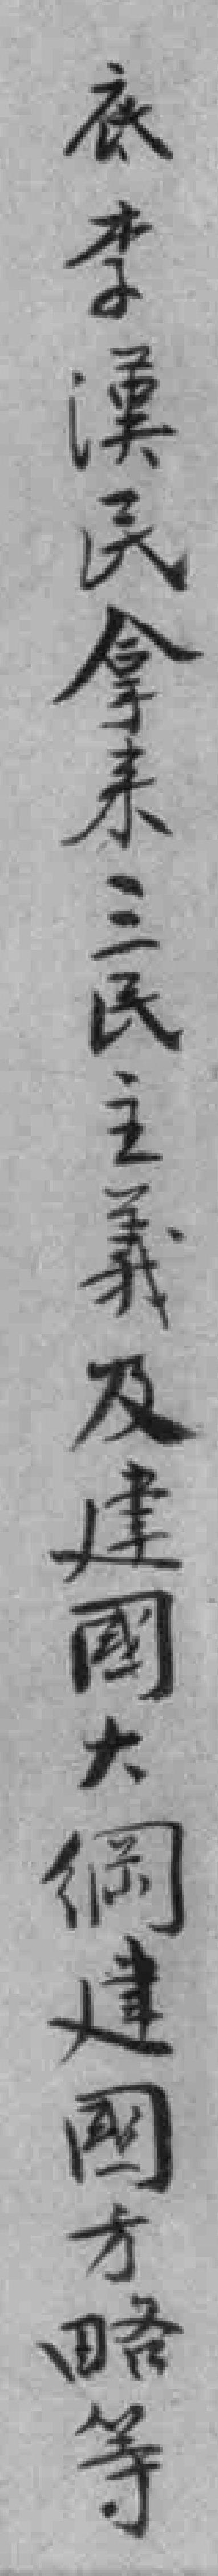
底李漢民拿来三民主義及建國大綱建國方略等